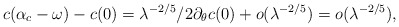
\begin{align*}c(\alpha_c - \omega) - c(0) = \lambda^{-2/5}/2 \partial_\theta c(0) + o(\lambda^{-2/5}) = o(\lambda^{-2/5}),\end{align*}